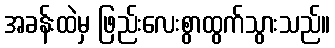
အခန်းထဲမှ ဖြည်းလေးစွာထွက်သွားသည်။